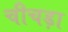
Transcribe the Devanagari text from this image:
चीचड़ा